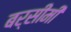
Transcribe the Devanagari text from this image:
बर्सीमी